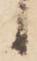
候